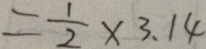
= \frac { 1 } { 2 } \times 3 . 1 4